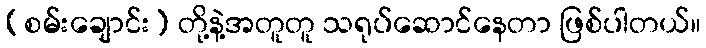
(စမ်းချောင်း) တို့နဲ့အတူတူ သရုပ်ဆောင်နေတာ ဖြစ်ပါတယ်။